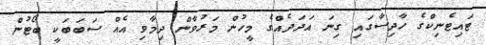
ޓައިޓެނިކްގެ ހާދިސާގައި ގިނަ އަދަދެއްގެ މީހުން މަރުވާން ދިމާވި އެއް ސަބަބަކީ ބޯޓުން